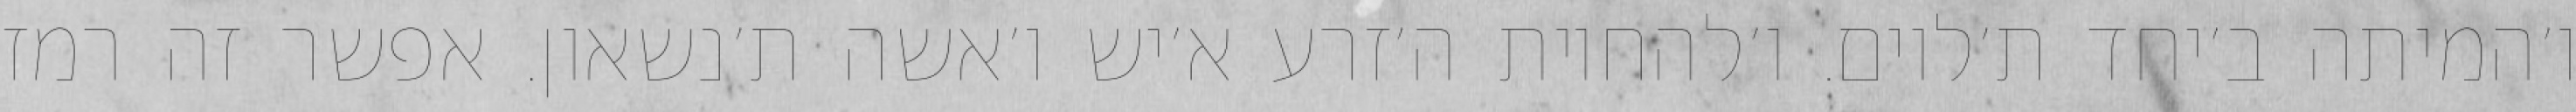
ו׳המיתה ב׳יחד ת׳לוים. ו׳להחיות ה׳זרע א׳יש ו׳אשה ת׳נשאון. אפשר זה רמז